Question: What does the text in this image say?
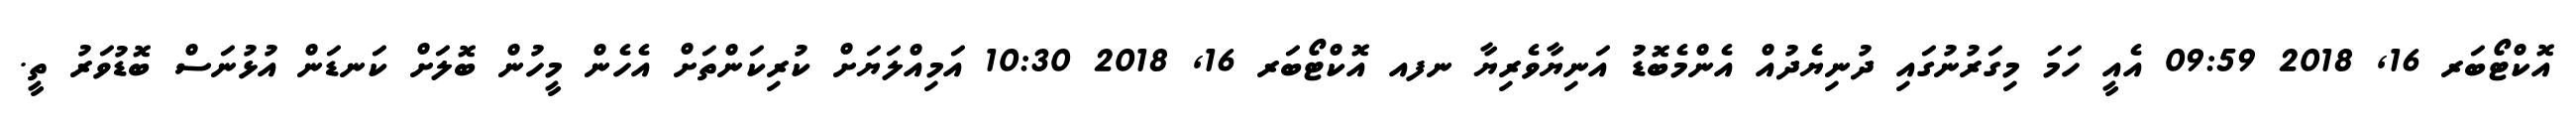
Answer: އޮކްޓޯބަރ 16, 2018 09:59 އެއީ ހަމަ މިގަރުނުގައި ދުނިޔެދުއް އެންމެބޮޑު އަނިޔާވެރިޔާ ނފއ އޮކްޓޯބަރ 16, 2018 10:30 އަމިއްލަޔަށް ކުރިކަންތަށް އެހެން މީހުން ބޮލަށް ކަނޑަން އުޅުނަސް ބޮޑުވަރު ތީ.